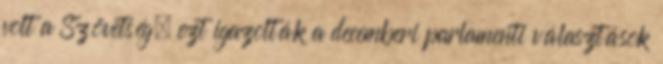
volt a Szövetség, ezt igazolták a decemberi parlamenti választások